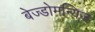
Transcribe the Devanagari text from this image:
बेज्डोमन्यिज